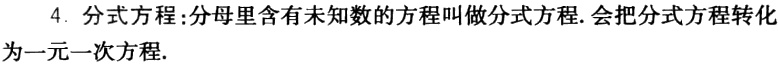
4. 分式方程:分母里含有未知数的方程叫做分式方程.会把分式方程转化为一元一次方程.